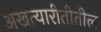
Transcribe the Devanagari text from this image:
अखत्यारीतीतील